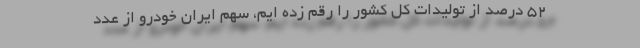
۵۲ درصد از تولیدات کل کشور را رقم زده ایم، سهم ایران خودرو از عدد